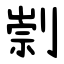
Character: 㓽